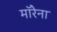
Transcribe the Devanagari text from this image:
माॅरेना